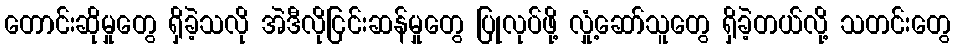
တောင်းဆိုမှုတွေ ရှိခဲ့သလို အဲဒီလိုငြင်းဆန်မှုတွေ ပြုလုပ်ဖို့ လှုံ့ဆော်သူတွေ ရှိခဲ့တယ်လို့ သတင်းတွေ